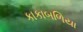
કાકાબળિયા